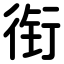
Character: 衔